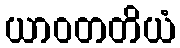
ယာဝတတိယံ